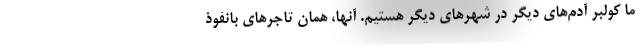
ما كولبر آدم‌هاي ديگر در شهرهاي ديگر هستيم. آنها، همان تاجرهاي بانفوذ